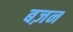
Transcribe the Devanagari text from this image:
बज़न